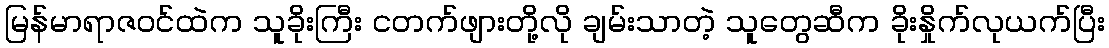
မြန်မာရာဇဝင်ထဲက သူခိုးကြီး ငတက်ဖျားတို့လို ချမ်းသာတဲ့ သူတွေဆီက ခိုးနှိုက်လုယက်ပြီး